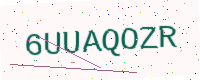
Text: 6UUAQOZR